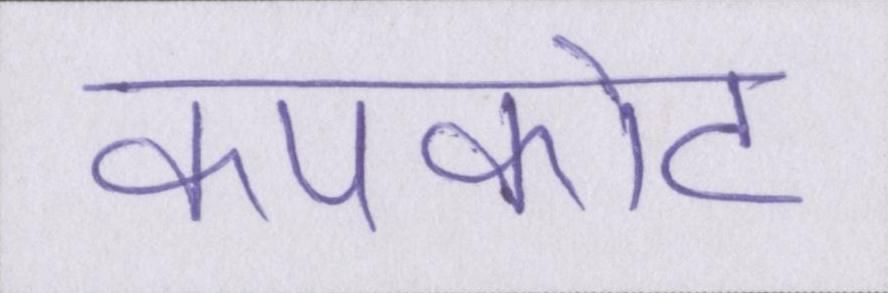
कपकोट